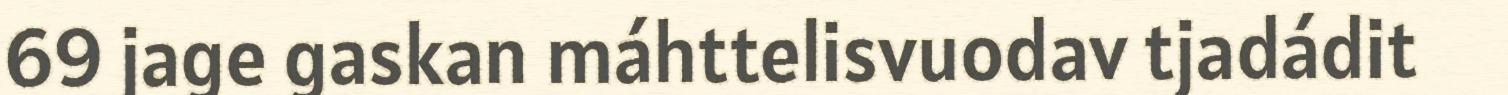
69 jage gaskan máhttelisvuodav tjadádit